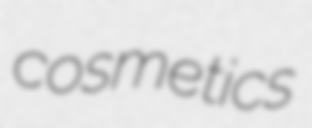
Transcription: cosmetics